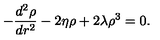
- \frac { d ^ { 2 } \rho } { d r ^ { 2 } } - 2 \eta \rho + 2 \lambda \rho ^ { 3 } = 0 .